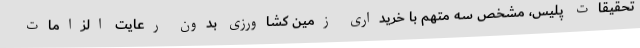
تحقیقات پلیس، مشخص سه متهم با خریداری زمین کشاورزی بدون رعایت الزامات